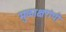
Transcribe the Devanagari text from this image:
मुळाक्षरांची